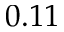
0 . 1 1